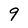
Character: 9